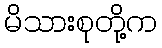
မိသားစုတို့က